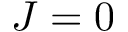
J = 0